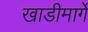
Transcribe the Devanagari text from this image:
खाडीमार्गे